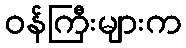
ဝန်ကြီးများက